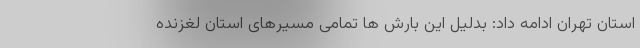
استان تهران ادامه داد: بدلیل این بارش ها تمامی مسیرهای استان لغزنده